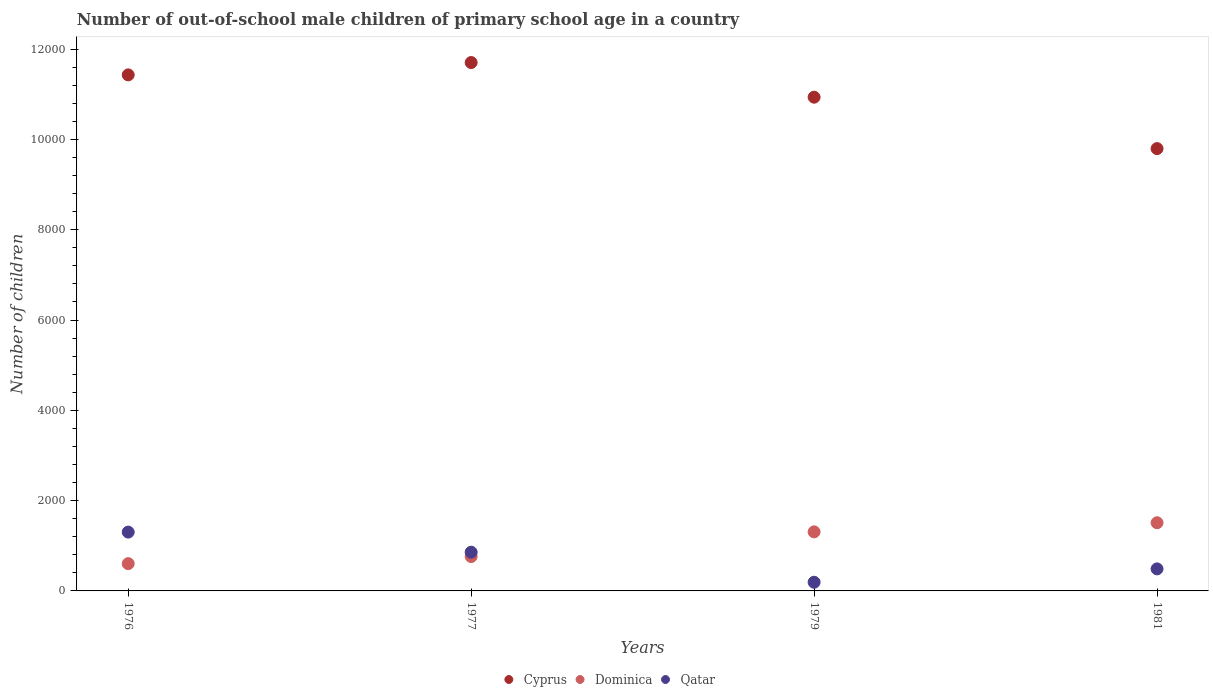
| Years | Cyprus | Dominica | Qatar |
 | --- | --- | --- | --- |
 | 1976 | 1.14e+04 | 604 | 1.3e+03 |
 | 1977 | 1.17e+04 | 762 | 858 |
 | 1979 | 1.09e+04 | 1.31e+03 | 192 |
 | 1981 | 9.8e+03 | 1.51e+03 | 488 |